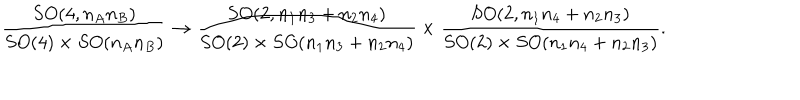
\frac { S O ( 4 , n _ { A } n _ { B } ) } { S O ( 4 ) \times S O ( n _ { A } n _ { B } ) } \to \frac { S O ( 2 , n _ { 1 } n _ { 3 } + n _ { 2 } n _ { 4 } ) } { S O ( 2 ) \times S O ( n _ { 1 } n _ { 3 } + n _ { 2 } n _ { 4 } ) } \times \frac { S O ( 2 , n _ { 1 } n _ { 4 } + n _ { 2 } n _ { 3 } ) } { S O ( 2 ) \times S O ( n _ { 1 } n _ { 4 } + n _ { 2 } n _ { 3 } ) } .